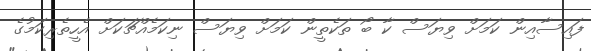
ފައިސާއިން ކަމަށް ވިޔަސް ކާ ބޯ ތަކެތީން ކަމަށް ވިޔަސް ނިކަމެއްޗަކަށް އެހީތެރިކަމުގެ